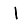
Digit: 1